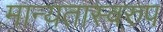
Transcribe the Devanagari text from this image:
मान्यतास्वरुप